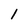
Character: 1